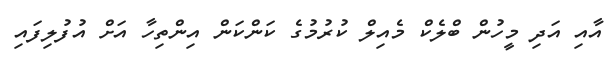
އާއި އަދި މީހުން ބްލެކް މެއިލް ކުރުމުގެ ކަންކަން އިންތިހާ އަށް އުފުލިފައި